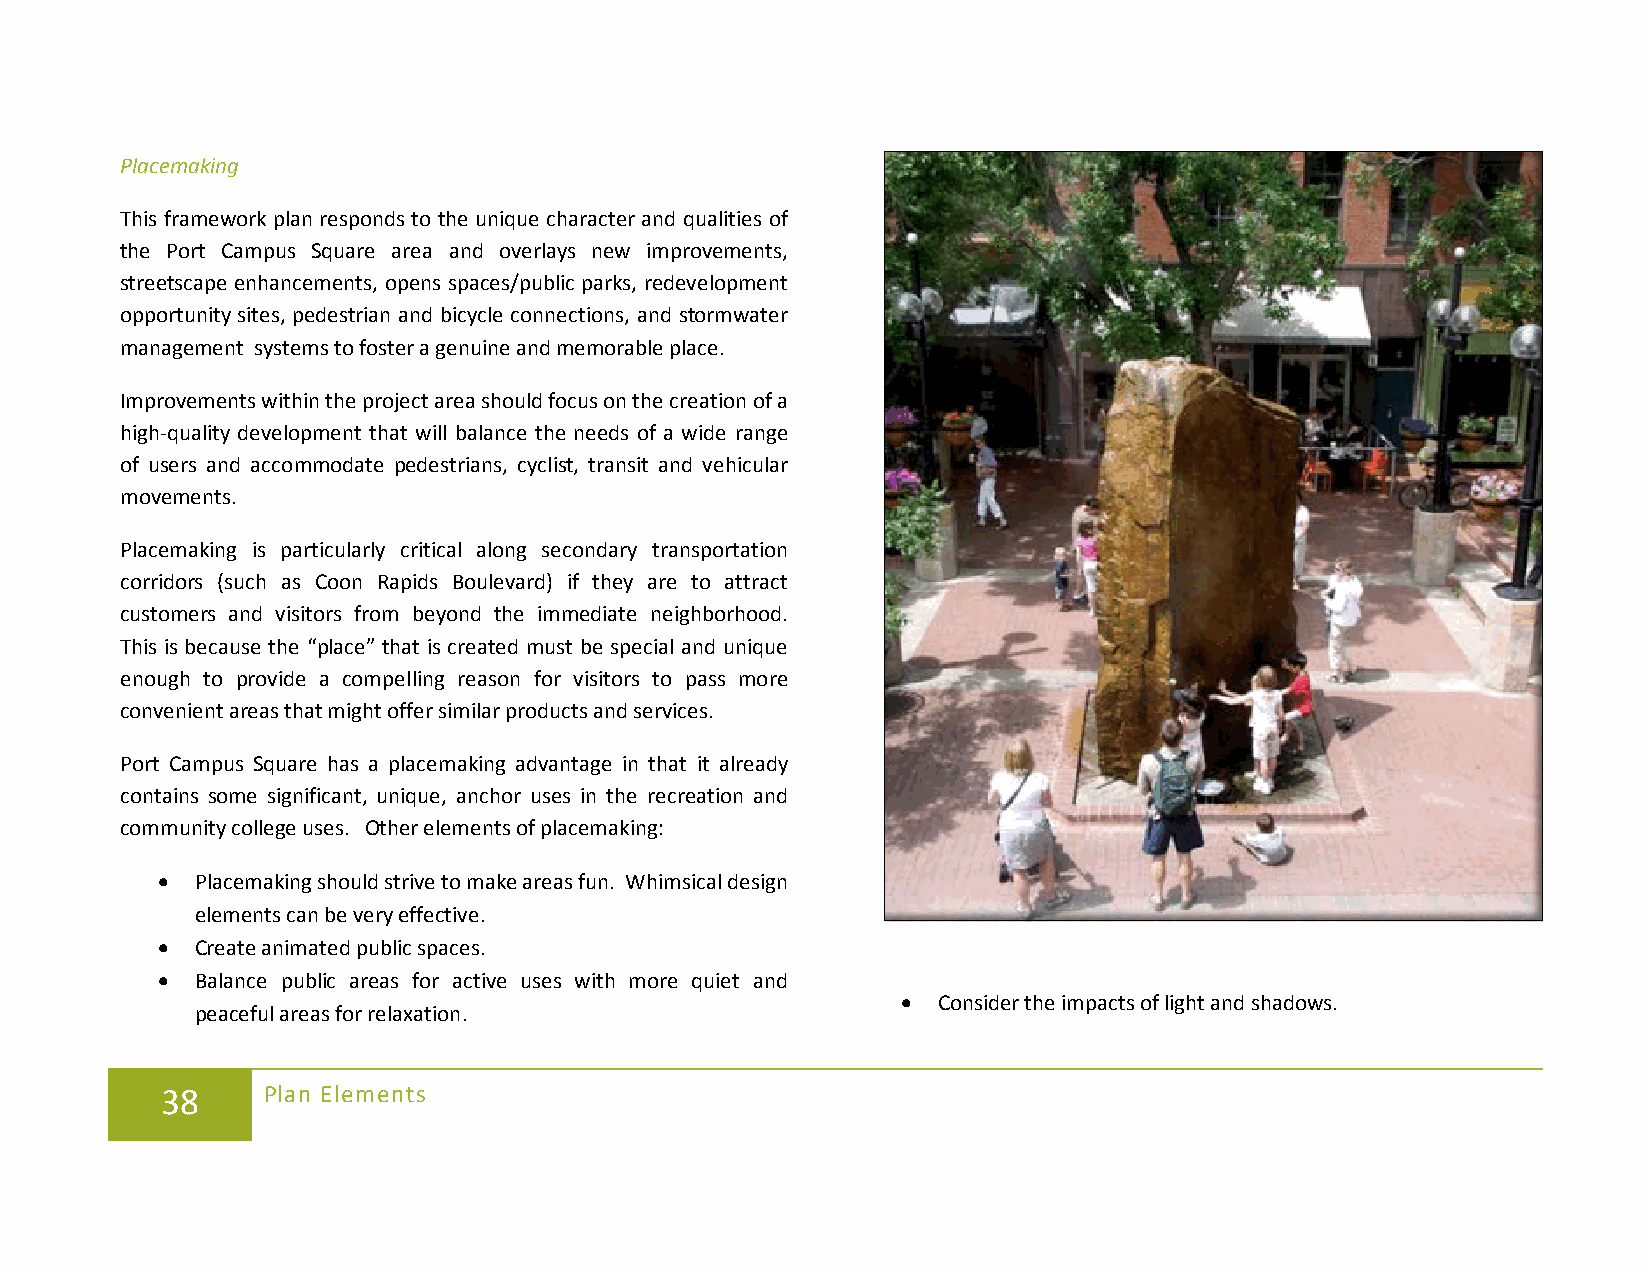
Placemaking
 This framework plan responds to the unique character and qualities of
 the Port Campus Square area and overlays new improvements,
 streetscape enhancements, opens spaces/public parks, redevelopment
 opportunity sites, pedestrian and bicycle connections, and stormwater
 management systems to foster a genuine and memorable place.
 Improvements within the project area should focus on the creation of a
 high-quality development that will balance the needs of a wide range
 of users and accommodate pedestrians, cyclist, transit and vehicular
 movements.
 Placemaking is particularly critical along secondary transportation
 corridors (such as Coon Rapids Boulevard) if they are to attract
 customers and visitors from beyond the immediate neighborhood.
 This is because the “place” that is created must be special and unique
 enough to provide a compelling reason for visitors to pass more
 convenient areas that might offer similar products and services.
 Port Campus Square has a placemaking advantage in that it already
 contains some significant, unique, anchor uses in the recreation and
 community college uses. Other elements of placemaking:
 •  Placemaking should strive to make areas fun. Whimsical design
 elements can be very effective.
 •  Create animated public spaces.
 •  Balance public areas for active uses with more quiet and
 • Consider the impacts of light and shadows.
 peaceful areas for relaxation.
 38    Plan Elements